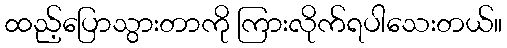
ထည့်ပြောသွားတာကို ကြားလိုက်ရပါသေးတယ်။